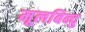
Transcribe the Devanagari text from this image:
मूलबिन्दु